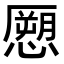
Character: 𭞨